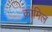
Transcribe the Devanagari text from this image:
क़ामिल